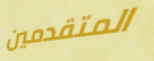
المتقدمين